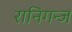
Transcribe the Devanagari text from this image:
रानिगन्ज